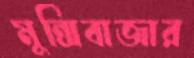
মুন্সিবাজার